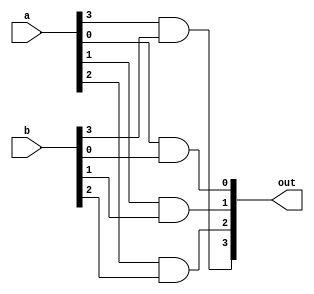
module four_and(a, b, out);

input [3:0]a;
input [3:0]b;
output [3:0]out;

and zero(out[0], a[0], b[0]);
and one(out[1], a[1], b[1]);
and two(out[2], a[2], b[2]);
and three(out[3], a[3], b[3]);

endmodule